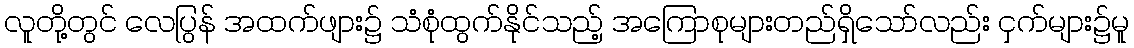
လူတို့တွင် လေပြွန် အထက်ဖျား၌ သံစုံထွက်နိုင်သည့် အကြောစုများတည်ရှိသော်လည်း ငှက်များ၌မူ